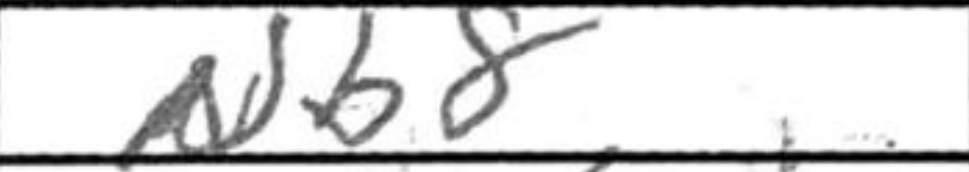
Transcription: Nb8